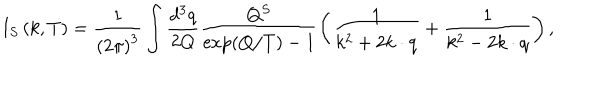
LaTeX: I _ { S } \left( k , T \right) = \frac 1 { \left( 2 \pi \right) ^ { 3 } } \int \frac { d ^ { 3 } q } { 2 Q } \frac { Q ^ { S } } { \exp \left( Q / T \right) - 1 } \left( \frac 1 { k ^ { 2 } + 2 k \cdot q } + \frac 1 { k ^ { 2 } - 2 k \cdot q } \right) ,